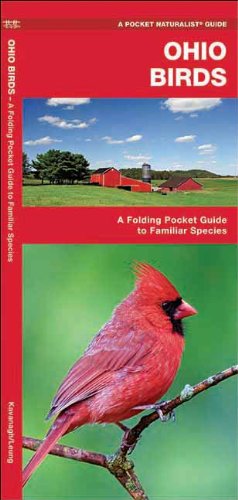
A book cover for Ohio Birds: A Folding Pocket Guide to Familiar Species (Pocket Naturalist Guide Series); James Kavanagh; Travel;